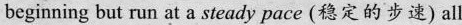
beginning but run at a steady pace (稳定的步速) all